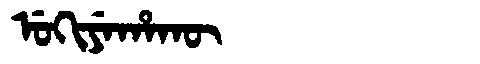
Manchu: ᡠᡴᡳᠶᡝᡥᠠᡴᡡ
Romanization: UKIYEHAKŪ